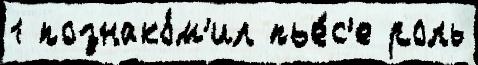
1 познако́м'ил пье́с'е роль